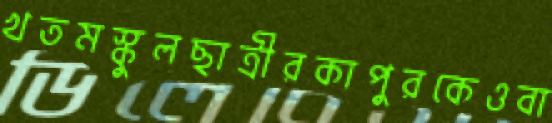
খতমস্কুলছাত্রীরকাপুরকেওবা